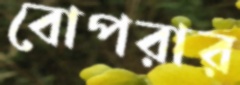
বোপরার